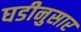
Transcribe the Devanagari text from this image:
घडीनुसार